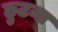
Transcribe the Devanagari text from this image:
छुटना